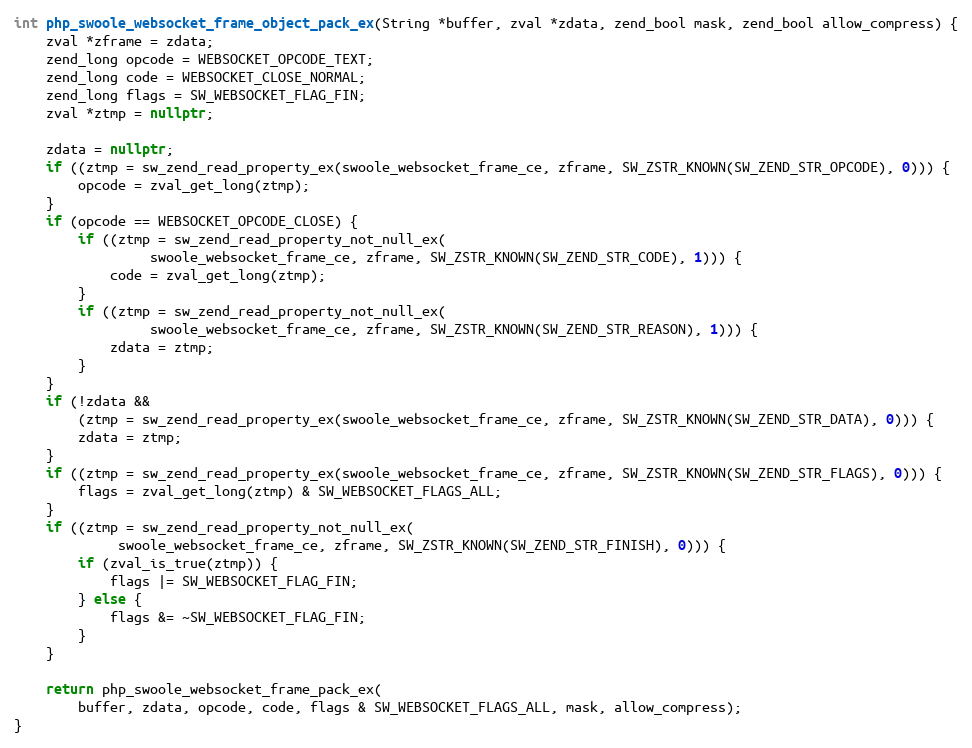
Language: C++
int php_swoole_websocket_frame_object_pack_ex(String *buffer, zval *zdata, zend_bool mask, zend_bool allow_compress) {
    zval *zframe = zdata;
    zend_long opcode = WEBSOCKET_OPCODE_TEXT;
    zend_long code = WEBSOCKET_CLOSE_NORMAL;
    zend_long flags = SW_WEBSOCKET_FLAG_FIN;
    zval *ztmp = nullptr;

    zdata = nullptr;
    if ((ztmp = sw_zend_read_property_ex(swoole_websocket_frame_ce, zframe, SW_ZSTR_KNOWN(SW_ZEND_STR_OPCODE), 0))) {
        opcode = zval_get_long(ztmp);
    }
    if (opcode == WEBSOCKET_OPCODE_CLOSE) {
        if ((ztmp = sw_zend_read_property_not_null_ex(
                 swoole_websocket_frame_ce, zframe, SW_ZSTR_KNOWN(SW_ZEND_STR_CODE), 1))) {
            code = zval_get_long(ztmp);
        }
        if ((ztmp = sw_zend_read_property_not_null_ex(
                 swoole_websocket_frame_ce, zframe, SW_ZSTR_KNOWN(SW_ZEND_STR_REASON), 1))) {
            zdata = ztmp;
        }
    }
    if (!zdata &&
        (ztmp = sw_zend_read_property_ex(swoole_websocket_frame_ce, zframe, SW_ZSTR_KNOWN(SW_ZEND_STR_DATA), 0))) {
        zdata = ztmp;
    }
    if ((ztmp = sw_zend_read_property_ex(swoole_websocket_frame_ce, zframe, SW_ZSTR_KNOWN(SW_ZEND_STR_FLAGS), 0))) {
        flags = zval_get_long(ztmp) & SW_WEBSOCKET_FLAGS_ALL;
    }
    if ((ztmp = sw_zend_read_property_not_null_ex(
             swoole_websocket_frame_ce, zframe, SW_ZSTR_KNOWN(SW_ZEND_STR_FINISH), 0))) {
        if (zval_is_true(ztmp)) {
            flags |= SW_WEBSOCKET_FLAG_FIN;
        } else {
            flags &= ~SW_WEBSOCKET_FLAG_FIN;
        }
    }

    return php_swoole_websocket_frame_pack_ex(
        buffer, zdata, opcode, code, flags & SW_WEBSOCKET_FLAGS_ALL, mask, allow_compress);
}